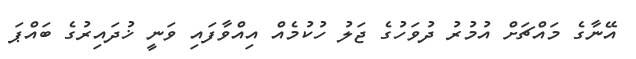
އޭނާގެ މައްޗަށް އުމުރު ދުވަހުގެ ޖަލު ހުކުމެއް އިއްވާފައި ވަނީ ޚުދައިރުގެ ބައްޕަ